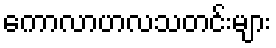
ကောလာဟလသတင်းများ